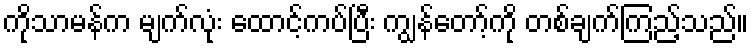
ကိုသာမန်က မျက်လုံး ထောင့်ကပ်ပြီး ကျွန်တော့်ကို တစ်ချက်ကြည့်သည်။